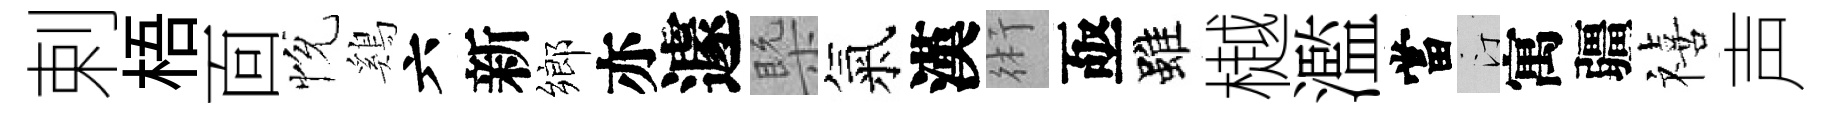
剌梧靣恱鷄六新鄉亦遽槩氣漢術亟雖樾濫當汀寓疆禧声